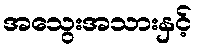
အသွေးအသားနှင့်